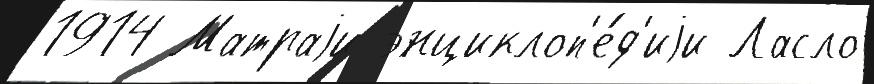
1914 Матраjи энциклоп'е́д'иjи Ласло